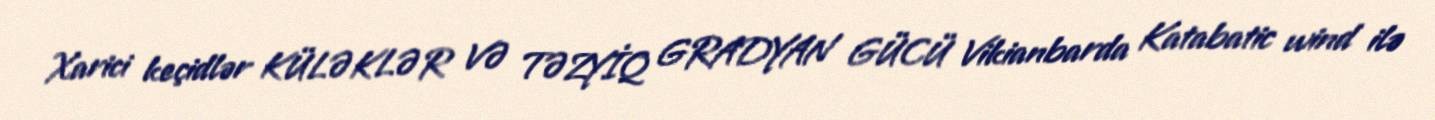
Xarici keçidlər KÜLƏKLƏR VƏ TƏZYİQ GRADYAN GÜCÜ Vikianbarda Katabatic wind ilə